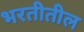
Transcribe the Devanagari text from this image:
भरतीतील